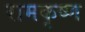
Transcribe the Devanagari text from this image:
रामकृष्‍ण